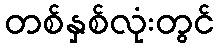
တစ်နှစ်လုံးတွင်